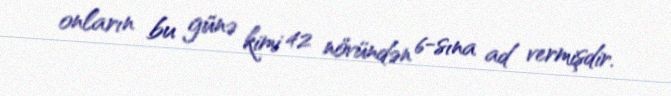
onların bu günə kimi 42 növündən 6-sına ad vermişdir.